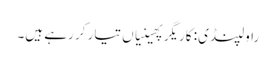
راولپنڈی: کاریگر پھینیاں تیار کر رہے ہیں۔